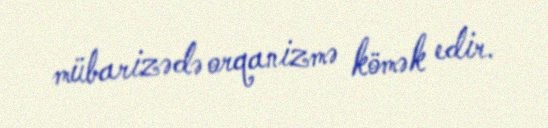
mübarizədə orqanizmə kömək edir.